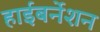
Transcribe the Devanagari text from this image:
हाईबर्नेशन